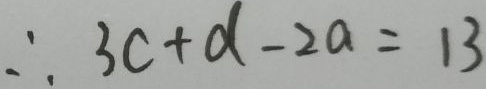
\therefore 3 c + d - 2 a = 1 3